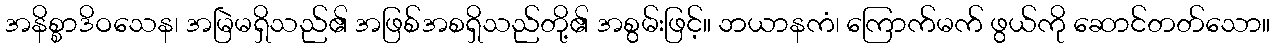
အနိစ္စာဒိဝသေန၊ အမြဲမရှိသည်၏ အဖြစ်အစရှိသည်တို့၏ အစွမ်းဖြင့်။ ဘယာနကံ၊ ကြောက်မက် ဖွယ်ကို ဆောင်တတ်သော။